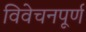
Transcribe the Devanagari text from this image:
विवेचनपूर्ण